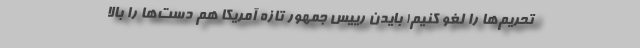
تحریم‌ها را لغو کنیم! بایدن رییس جمهور تازه آمریکا هم دست‌ها را بالا